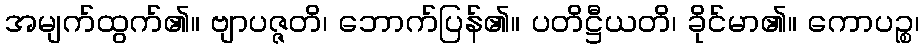
အမျက်ထွက်၏။ ဗျာပဇ္ဇတိ၊ ဘောက်ပြန်၏။ ပတိဋ္ဌီယတိ၊ ခိုင်မာ၏။ ကောပဉ္စ၊